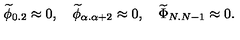
{ \widetilde \phi } _ { 0 . 2 } \approx 0 , \quad { \widetilde \phi } _ { \alpha . \alpha + 2 } \approx 0 , \quad { \widetilde \Phi } _ { N . N - 1 } \approx 0 .